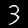
Label: 3